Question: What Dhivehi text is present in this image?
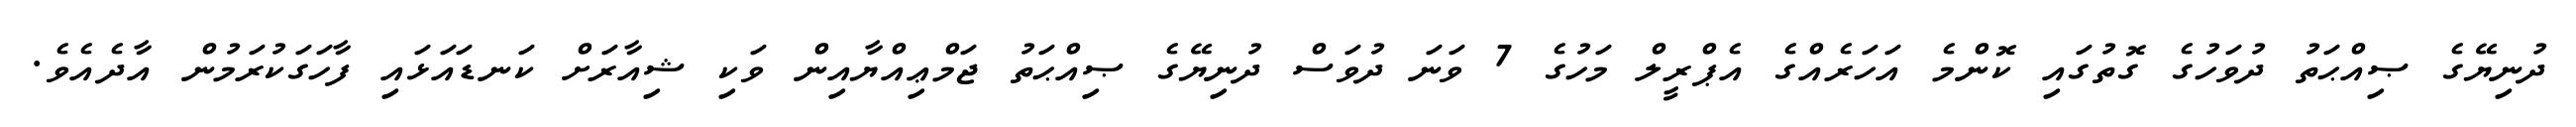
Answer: ދުނިޔޭގެ ޞިއްޙަތު ދުވަހުގެ ގޮތުގައި ކޮންމެ އަހަރެއްގެ އެޕްރީލް މަހުގެ 7 ވަނަ ދުވަސް ދުނިޔޭގެ ޞިއްޙަތު ޖަމްޢިއްޔާއިން ވަކި ޝިއާރަށް ކަނޑައަޅައި ފާހަގަކުރަމުން އާދެއެވެ.